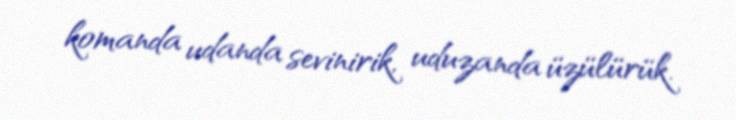
komanda udanda sevinirik, uduzanda üzülürük.